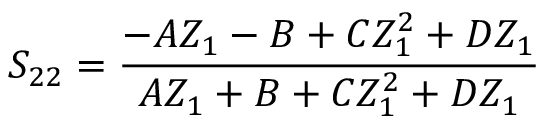
S _ { 2 2 } = \frac { - A Z _ { 1 } - B + C Z _ { 1 } ^ { 2 } + D Z _ { 1 } } { A Z _ { 1 } + B + C Z _ { 1 } ^ { 2 } + D Z _ { 1 } }